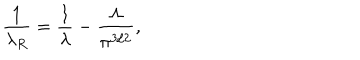
LaTeX: \frac { 1 } { \lambda _ { R } } = \frac { 1 } { \lambda } - \frac { \Lambda } { \pi ^ { 3 / 2 } } ,